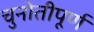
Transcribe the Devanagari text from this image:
चुनोतीपूर्ण